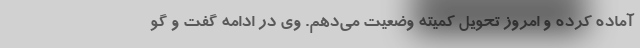
آماده کرده و امروز تحویل کمیته وضعیت می‌دهم. وی در ادامه گفت و گو